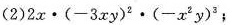
(2)$$2x \cdot ( -3 x y ) ^ { 2 } \cdot ( - x ^ { 2 } { y } ^ { 3 }$$;